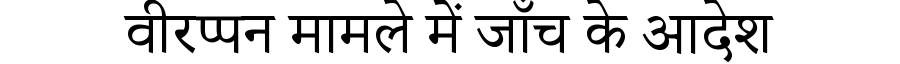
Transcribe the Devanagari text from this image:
वीरप्पन मामले में जाँच के आदेश